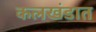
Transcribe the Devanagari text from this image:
कलखंडात